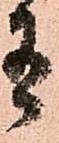
有